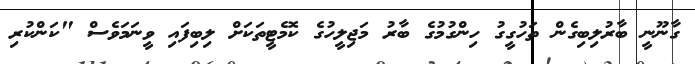
ގާނޫނީ ބާރުލިބިގެން ތަހުގީގު ހިންގުމުގެ ބާރު މަޖިލީހުގެ ކޮމެޓީތަކަށް ލިބިފައި ވީނަމަވެސް "ކަންކުރި